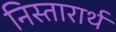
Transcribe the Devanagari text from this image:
निस्तारार्थ